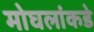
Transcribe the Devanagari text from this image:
मोघलांकडे